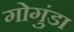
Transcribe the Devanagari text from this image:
गोगुंडा